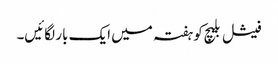
فیشل بلیچ کو ہفتہ میں ایک بار لگائیں۔